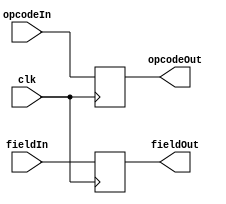
////////////////////////////////////////////////////////////////////////////////////////////////
////                                                              							////
////                                                              							////
////  	This file is part of the project                 									////
////	"instruction_list_pipelined_processor_with_peripherals"								////
////                                                              							////
////  http://opencores.org/project,instruction_list_pipelined_processor_with_peripherals	////
////                                                              							////
////                                                              							////
//// 				 Author:                                                  				////
////      			- Mahesh Sukhdeo Palve													////
////																						////
////////////////////////////////////////////////////////////////////////////////////////////////
////////////////////////////////////////////////////////////////////////////////////////////////
////																						////
//// 											                 							////
////                                                              							////
//// 					This source file may be used and distributed without         		////
//// 					restriction provided that this copyright statement is not    		////
//// 					removed from the file and that any derivative work contains  		////
//// 					the original copyright notice and the associated disclaimer. 		////
////                                                              							////
//// 					This source file is free software; you can redistribute it   		////
//// 					and/or modify it under the terms of the GNU Lesser General   		////
//// 					Public License as published by the Free Software Foundation; 		////
////					either version 2.1 of the License, or (at your option) any   		////
//// 					later version.                                               		////
////                                                             							////
//// 					This source is distributed in the hope that it will be       		////
//// 					useful, but WITHOUT ANY WARRANTY; without even the implied   		////
//// 					warranty of MERCHANTABILITY or FITNESS FOR A PARTICULAR      		////
//// 					PURPOSE.  See the GNU Lesser General Public License for more 		////
//// 					details.                                                     		////
////                                                              							////
//// 					You should have received a copy of the GNU Lesser General    		////
//// 					Public License along with this source; if not, download it   		////
//// 					from http://www.opencores.org/lgpl.shtml                     		////
////                                                              							////
////////////////////////////////////////////////////////////////////////////////////////////////

`timescale 1ns / 1ps////////////////////////////////////////////////////////////////////////////////////////////////
////                                                              							////
////                                                              							////
////  	This file is part of the project                 									////
////	"instruction_list_pipelined_processor_with_peripherals"								////
////                                                              							////
////  http://opencores.org/project,instruction_list_pipelined_processor_with_peripherals	////
////                                                              							////
////                                                              							////
//// 				 Author:                                                  				////
////      			- Mahesh Sukhdeo Palve													////
////																						////
////////////////////////////////////////////////////////////////////////////////////////////////
////////////////////////////////////////////////////////////////////////////////////////////////
////																						////
//// 											                 							////
////                                                              							////
//// 					This source file may be used and distributed without         		////
//// 					restriction provided that this copyright statement is not    		////
//// 					removed from the file and that any derivative work contains  		////
//// 					the original copyright notice and the associated disclaimer. 		////
////                                                              							////
//// 					This source file is free software; you can redistribute it   		////
//// 					and/or modify it under the terms of the GNU Lesser General   		////
//// 					Public License as published by the Free Software Foundation; 		////
////					either version 2.1 of the License, or (at your option) any   		////
//// 					later version.                                               		////
////                                                             							////
//// 					This source is distributed in the hope that it will be       		////
//// 					useful, but WITHOUT ANY WARRANTY; without even the implied   		////
//// 					warranty of MERCHANTABILITY or FITNESS FOR A PARTICULAR      		////
//// 					PURPOSE.  See the GNU Lesser General Public License for more 		////
//// 					details.                                                     		////
////                                                              							////
//// 					You should have received a copy of the GNU Lesser General    		////
//// 					Public License along with this source; if not, download it   		////
//// 					from http://www.opencores.org/lgpl.shtml                     		////
////                                                              							////
////////////////////////////////////////////////////////////////////////////////////////////////

// 8-bit Pipelined Processor defines



// program counter & instruction register






// control unit


























//`define		SPIxFER				`instOpCodeLen'b11001
//`define		SPIstat				`instOpCodeLen'b11010
//`define		SPIwBUF				`instOpCodeLen'b11011
//`define		SPIrBUF				`instOpCodeLen'b11100

// alu opcodes















// bit RAM



// byte RAM




// input register



// output register



// accumulator multiplexer








// operand2 multiplexer









//-----------------------------------------------------------------------------------------------------

// peripheral defines




//-----------------------------------------------------------------------------------------------------

// Timer-Counter














//-----------------------------------------------------------------------------------------------------

// UART








module ppReg1 (clk, opcodeIn, fieldIn, opcodeOut, fieldOut);

		input clk;
		input [5-1:0] opcodeIn;
		input [10-1:0] fieldIn;
		
		output [5-1:0] opcodeOut;
		output [10-1:0] fieldOut;
		
		reg [5-1:0] opcodeOut;
		reg [10-1:0] fieldOut;
		
		
		always @ (posedge clk)
		begin
		
				opcodeOut = opcodeIn;
				fieldOut = fieldIn;
		end



endmodule